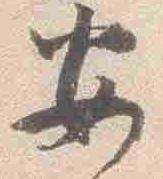
安